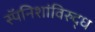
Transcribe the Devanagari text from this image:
स्पॅनिशांविरुद्ध